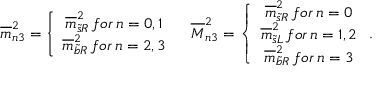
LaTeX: \begin{array} { c c } { { \overline { { { m } } } _ { n 3 } ^ { 2 } = \left\{ \begin{array} { c } { { \overline { { { m } } } _ { \widetilde { s } R } ^ { 2 } \, f o r \, n = 0 , 1 } } \\ { { \overline { { { m } } } _ { \widetilde { b } R } ^ { 2 } \, f o r \, n = 2 , 3 } } \end{array} \right. } } & { { \overline { { { M } } } _ { n 3 } ^ { 2 } = \left\{ \begin{array} { c } { { \overline { { { m } } } _ { \widetilde { s } R } ^ { 2 } \, f o r \, n = 0 } } \\ { { \overline { { { m } } } _ { \widetilde { s } L } ^ { 2 } \, f o r \, n = 1 , 2 } } \\ { { \overline { { { m } } } _ { \widetilde { b } R } ^ { 2 } \, f o r \, n = 3 } } \end{array} \right. . } } \end{array}